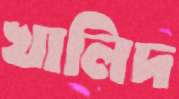
খালিদ